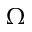
\Omega